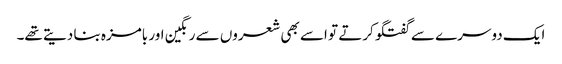
ایک دوسرے سے گفتگو کرتے تو اسے بھی شعروں سے رنگین اور بامزہ بنا دیتے تھے۔